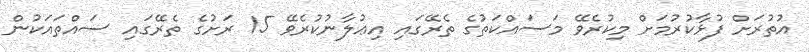
އުތުރަށް ފުޅާކުރުމަށް މިކުރެވޭ މަސައްކަތުގެ ތެރޭގައި އިޢުލާނުކުރެވޭ 15 ރަށުގެ ތެރޭގައި ސައްތައަކުން